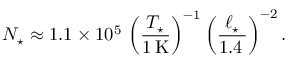
N _ { \star } \approx 1 . 1 \times 1 0 ^ { 5 } \, \left( \frac { T _ { \star } } { 1 \, \mathrm { K } } \right) ^ { - 1 } \left( \frac { \ell _ { \star } } { 1 . 4 \, \AA } \right) ^ { - 2 } .